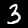
Label: 3